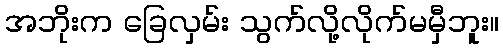
အဘိုးက ခြေလှမ်း သွက်လို့လိုက်မမှီဘူး။